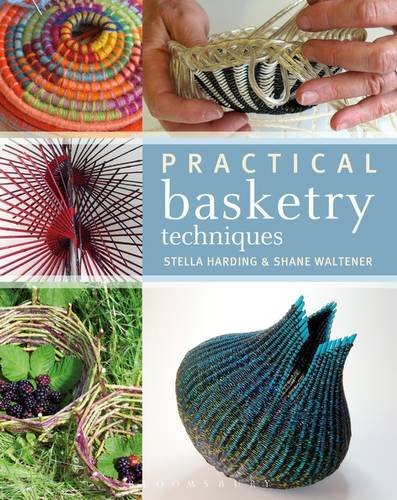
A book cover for Practical Basketry; Stella Harding; Crafts, Hobbies & Home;